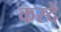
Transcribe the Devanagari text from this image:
कस्दे